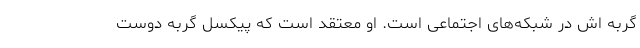
گربه اش در شبکه‌های اجتماعی است. او معتقد است که پیکسل گربه دوست